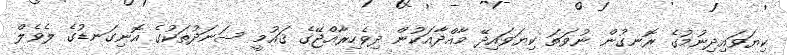
ކިޔަވައިދިނުމުގެ ރޮނގުން ނުވަތަ ކިޔަވައިދޭ މާއްދާއަކުން ދިވެހިރާއްޖޭގެ ޤައުމީ ސަނަދުތަކުގެ އޮނިގަނޑުގެ ލެވެލް